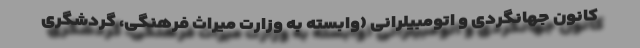
کانون جهانگردی و اتومبیلرانی (وابسته به وزارت میراث فرهنگی، گردشگری